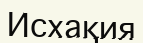
Исхақия